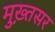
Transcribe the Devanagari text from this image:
मुख़्तसर